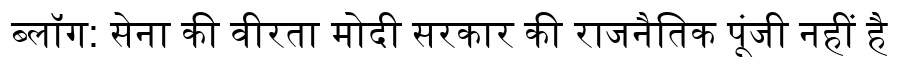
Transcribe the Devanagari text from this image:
ब्लॉग: सेना की वीरता मोदी सरकार की राजनैतिक पूंजी नहीं है